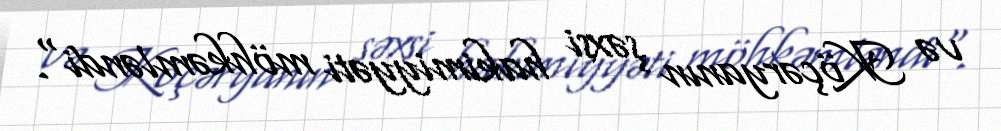
və Köçəryanın şəxsi hakimiyyəti möhkəmləndi".